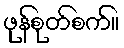
ဖုန်စုတ်စက်။